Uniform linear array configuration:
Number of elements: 64
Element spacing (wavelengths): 0.25
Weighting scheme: exponential
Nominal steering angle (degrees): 15
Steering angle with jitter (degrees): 13.819
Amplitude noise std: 0.05
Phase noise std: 0.05

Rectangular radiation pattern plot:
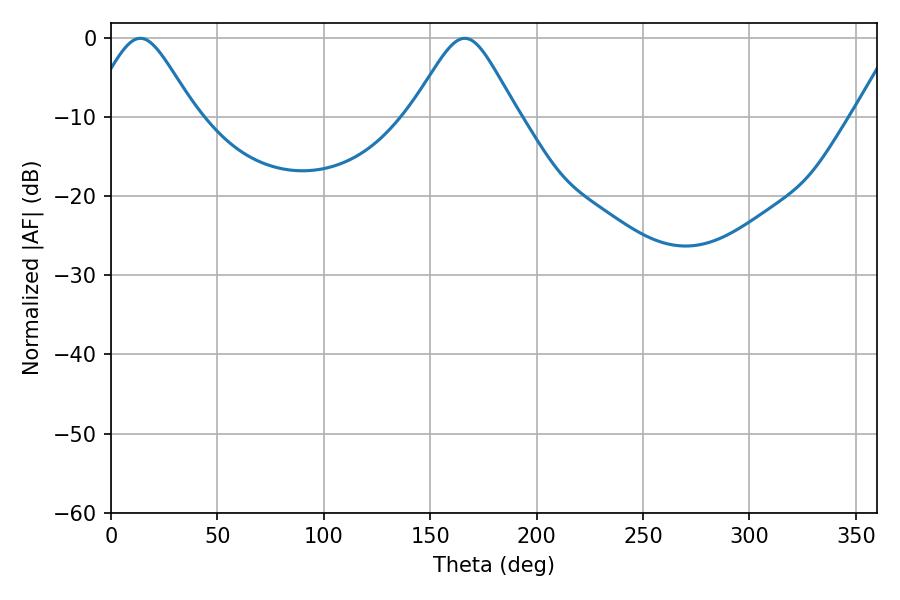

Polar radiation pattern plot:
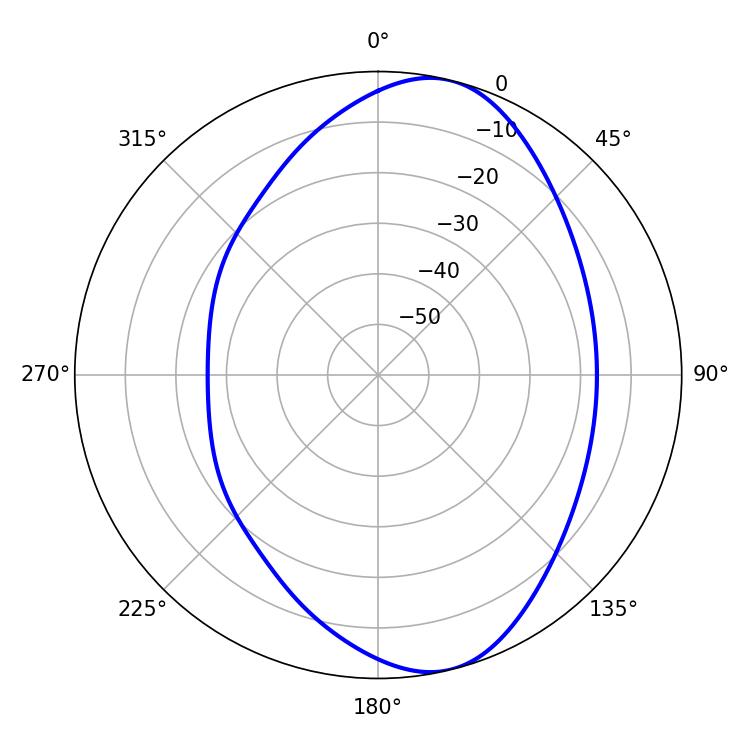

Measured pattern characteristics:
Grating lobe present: FALSE
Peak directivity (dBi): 8.724
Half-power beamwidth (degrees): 24.12
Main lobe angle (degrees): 13.86